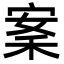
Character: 䅁